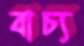
বাচ্য